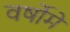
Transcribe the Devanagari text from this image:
वर्षोमें